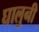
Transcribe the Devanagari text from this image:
घालुनी